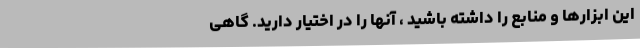
این ابزارها و منابع را داشته باشید ، آنها را در اختیار دارید. گاهی